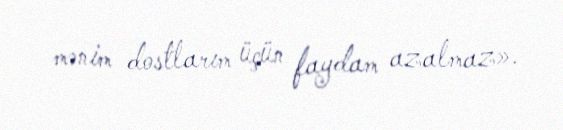
mənim dostlarım üçün faydam azalmaz».